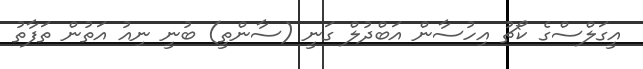
އީގަލްސްގެ ކޯޗު އިހުސާން އަބްދުލް ގަނީ (ސާންތީ) ބުނީ ނިއު އަތުން ތަފާތު